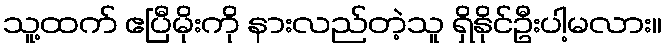
သူ့ထက် ဧပြီမိုးကို နားလည်တဲ့သူ ရှိနိုင်ဦးပါ့မလား။